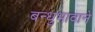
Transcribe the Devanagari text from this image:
बन्धुभावाने